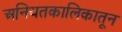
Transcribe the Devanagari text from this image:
अनियतकालिकातून